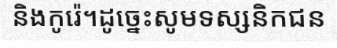
និងកូរ៉េ។ដូច្នេះសូមទស្សនិកជន